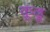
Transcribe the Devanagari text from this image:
कूढू